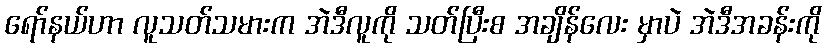
ရော်နယ်ဟာ လူသတ်သမားက အဲဒီလူကို သတ်ပြီးစ အချိန်လေး မှာပဲ အဲဒီအခန်းကို